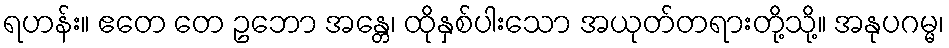
ရဟန်း။ ဧတေ တေ ဥဘော အန္တေ၊ ထိုနှစ်ပါးသော အယုတ်တရားတို့သို့။ အနုပဂမ္မ၊